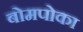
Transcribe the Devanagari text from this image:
बोमपोका